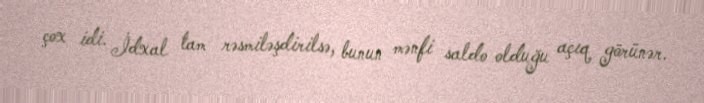
çox idi. İdxal tam rəsmiləşdirilsə, bunun mənfi saldo olduğu açıq görünər.